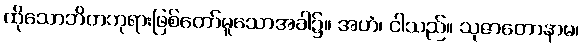
ထိုသောဘိတဘုရားဖြစ်တော်မူသောအခါ၌။ အဟံ၊ ငါသည်။ သုဇာတောနာမ၊